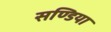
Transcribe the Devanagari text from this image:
सण्डिया